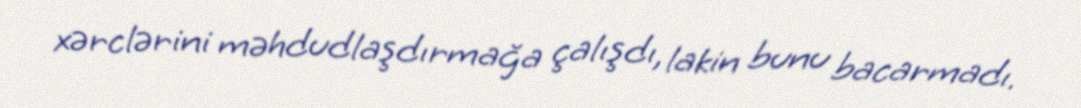
xərclərini məhdudlaşdırmağa çalışdı, lakin bunu bacarmadı.